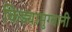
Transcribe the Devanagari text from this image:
किड्यामुग्यानी